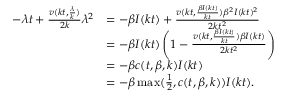
\begin{array} { r l } { - \lambda t + \frac { v ( k t , \frac { \lambda } { k } ) } { 2 k } \lambda ^ { 2 } } & { = - { \beta I ( k t ) } + \frac { v ( k t , \frac { \beta I ( k t ) } { k t } ) \beta ^ { 2 } I ( k t ) ^ { 2 } } { 2 k t ^ { 2 } } } \\ & { = - \beta I ( k t ) \left( 1 - \frac { v ( k t , \frac { \beta I ( k t ) } { k t } ) \beta I ( k t ) } { 2 k t ^ { 2 } } \right) } \\ & { = - \beta c ( t , \beta , k ) I ( k t ) } \\ & { = - \beta \operatorname* { m a x } ( \frac { 1 } { 2 } , c ( t , \beta , k ) ) I ( k t ) . } \end{array}